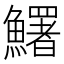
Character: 鱰